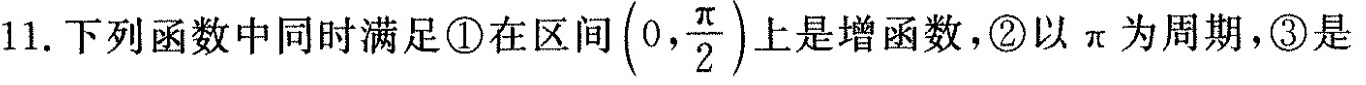
11。下列函数中同时满足①在区间 $$(0, \frac{ \pi }{2})$$ 上是增函数，②以π为周期，③是